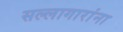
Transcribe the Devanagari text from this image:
सल्लागारांना